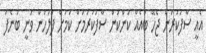
އެއީ ސާފުކުރަން ޖެހޭ ބައެއް ކަންކަން ސާފުކުރުމަށް ކަމަށް ފުލުހުން ވަނީ ބުނެފަ